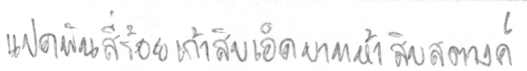
แปดพันสี่ร้อยเก้าสิบเอ็ดบาทห้าสิบสตางค์